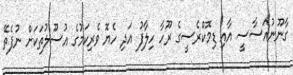
ގާނޫނުއަސާސީ އާއި ޑިމޮކްރެސީގެ ރޫހާ ހިލާފު އަދި ހެޔޮ ވެރިކަމުގެ އުސޫލުތަކަށް ނުފެތޭ